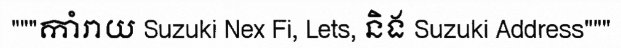
"""កាំរាយ Suzuki Nex Fi, Lets, និង Suzuki Address"""